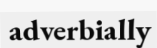
adverbially